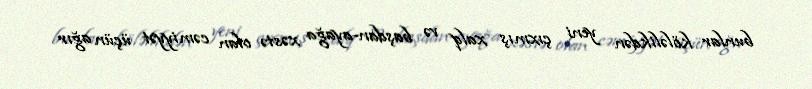
bunlar köləlikdən yeni çıxmış xalq və başdan-ayağa xəstə olan cəmiyyət üçün ağır